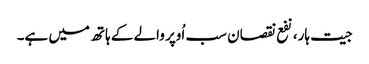
جیت ہار، نفع نقصان سب اُوپر والے کے ہاتھ میں ہے۔